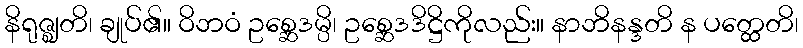
နိရုဇ္ဈတိ၊ ချုပ်၏။ ဝိဘဝံ ဥစ္ဆေဒမ္ပိ၊ ဥစ္ဆေဒဒိဋ္ဌိကိုလည်း။ နာဘိနန္ဒတိ န ပတ္ထေတိ၊